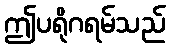
ဤပရိုဂရမ်သည်